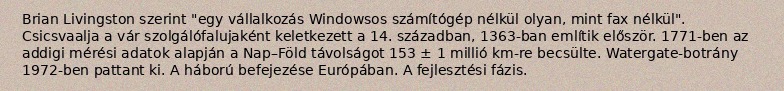
Brian Livingston szerint "egy vállalkozás Windowsos számítógép nélkül olyan, mint fax nélkül". Csicsvaalja a vár szolgálófalujaként keletkezett a 14. században, 1363-ban említik először. 1771-ben az addigi mérési adatok alapján a Nap–Föld távolságot 153 ± 1 millió km-re becsülte. Watergate-botrány 1972-ben pattant ki. A háború befejezése Európában. A fejlesztési fázis.